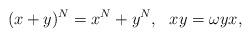
LaTeX: \begin{align*}(x+y)^N=x^N+y^N,~~xy=\omega yx,\end{align*}